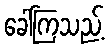
ခေါ်ကြသည့်